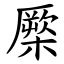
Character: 橜